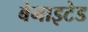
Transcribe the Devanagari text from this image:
बेनाइटेड